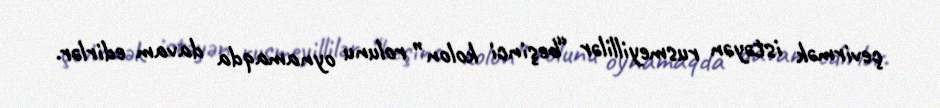
çevirmək istəyən rusmeyillilər “beşinci kolon” rolunu oynamaqda davam edirlər.